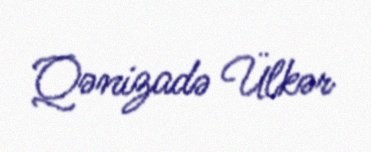
Qənizadə Ülkər